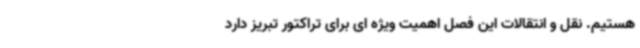
هستیم. نقل و انتقالات این فصل اهمیت ویژه ای برای تراکتور تبریز دارد